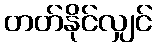
တတ်နိုင်လျှင်